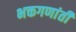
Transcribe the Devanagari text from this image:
भक्तगणांती